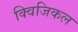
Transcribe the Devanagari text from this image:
क्विजिकल